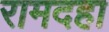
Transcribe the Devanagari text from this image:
रामदहा